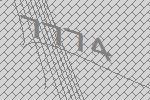
7774